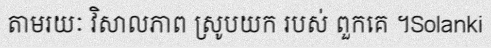
តាមរយៈ វិសាលភាព ស្រូបយក របស់ ពួកគេ ។Solanki